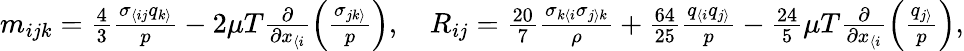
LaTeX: \begin{array}{r}{m_{ijk}=\frac{4}{3}\frac{\sigma_{\langle ij}q_{k\rangle}}{p}-2\mu T\frac{\partial}{\partial x_{\langle i}}\left(\frac{\sigma_{jk\rangle}}{p}\right),\quad R_{ij}=\frac{20}{7}\frac{\sigma_{k\langle i}\sigma_{j\rangle k}}{\rho}+\frac{64}{25}\frac{q_{\langle i}q_{j\rangle}}{p}-\frac{24}{5}\mu T\frac{\partial}{\partial x_{\langle i}}\left(\frac{q_{j\rangle}}{p}\right),}\end{array}